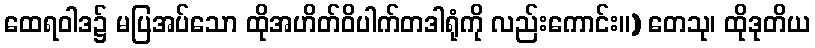
ထေရဝါဒ၌ မပြအပ်သော ထိုအဟိတ်ဝိပါက်တဒါရုံကို လည်းကောင်း။) တေသု၊ ထိုဒုတိယ